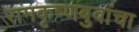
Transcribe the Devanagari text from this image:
रामकृष्णबुवांचा